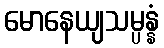
မောနေယျသမ္ပန္နံ